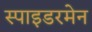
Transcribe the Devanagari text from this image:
स्पाइडरमेन